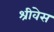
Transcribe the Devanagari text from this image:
श्रीवेस